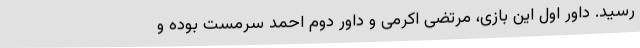
رسید. داور اول این بازی، مرتضی اکرمی و داور دوم احمد سرمست بوده و